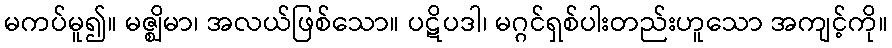
မကပ်မူ၍။ မဇ္ဈိမာ၊ အလယ်ဖြစ်သော။ ပဋိပဒါ၊ မဂ္ဂင်ရှစ်ပါးတည်းဟူသော အကျင့်ကို။